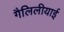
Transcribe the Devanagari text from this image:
गैलिलीयाई